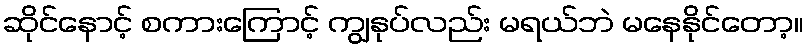
ဆိုင်နောင့် စကားကြောင့် ကျွနုပ်လည်း မရယ်ဘဲ မနေနိုင်တော့။